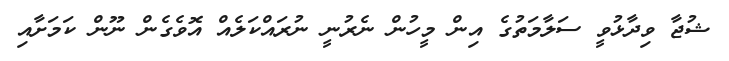
ޝުޖާ ވިދާޅުވީ ސަލާމަތުގެ އިން މީހުން ނެރުނީ ނުރައްކަލެއް އޮވެގެން ނޫން ކަމަށާއި